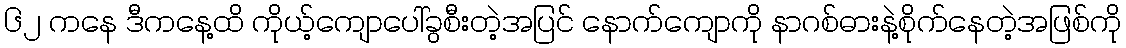
၆၂ ကနေ ဒီကနေ့ထိ ကိုယ့်ကျောပေါ်ခွစီးတဲ့အပြင် နောက်ကျောကို နာဂစ်ဓားနဲ့စိုက်နေတဲ့အဖြစ်ကို